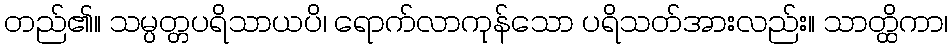
တည်၏။ သမ္ပတ္တပရိသာယပိ၊ ရောက်လာကုန်သော ပရိသတ်အားလည်း။ သာတ္ထိကာ၊